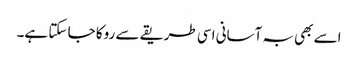
اسے بھی بہ آسانی اسی طریقے سے روکا جا سکتا ہے۔